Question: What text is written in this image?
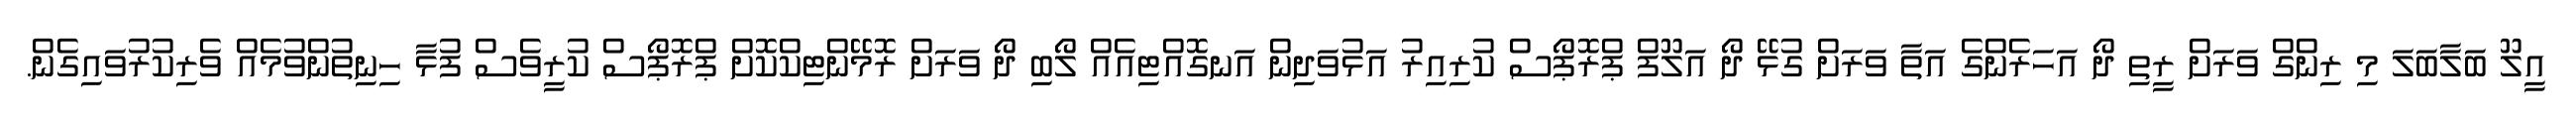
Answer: އީލޫ ބަލާބަލަ މި ރިންގް ވަރަށް ރީތި ދޯ އަހަރެންގެ އަތާ ވަރަށް ގުޅޭ ދޯ އަލޫފް ޕްރޮޕޯސް ކުރިއިރު އަޅުވަދިން އަނގޮއްޓިއެއް ލޯބި ދޯ ވަރަށް ރޮމޭންޓިކްކޮށް ޕްރޮޕޯސް ކުރީވެސް ފުޅާ ހިނިތުންވުމެއް ވެރިކުރުވައިގެން.